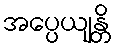
အပ္ပေယျန္တိ